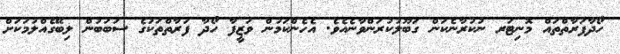
ހޯދާފަރާތްތައް މޮނިޓަރ ނުކުރާނެކަން ގަބޫލުކުރަންވާނެއެވެ. އެހެންކަމުން ވަޒީފާ ހޯދާ ފަރާތްތަކުގެ ސަބަބުން ލިބޭގެއްލުމަކަށް